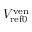
V _ { \mathrm { r e f 0 } } ^ { \mathrm { v e n } }